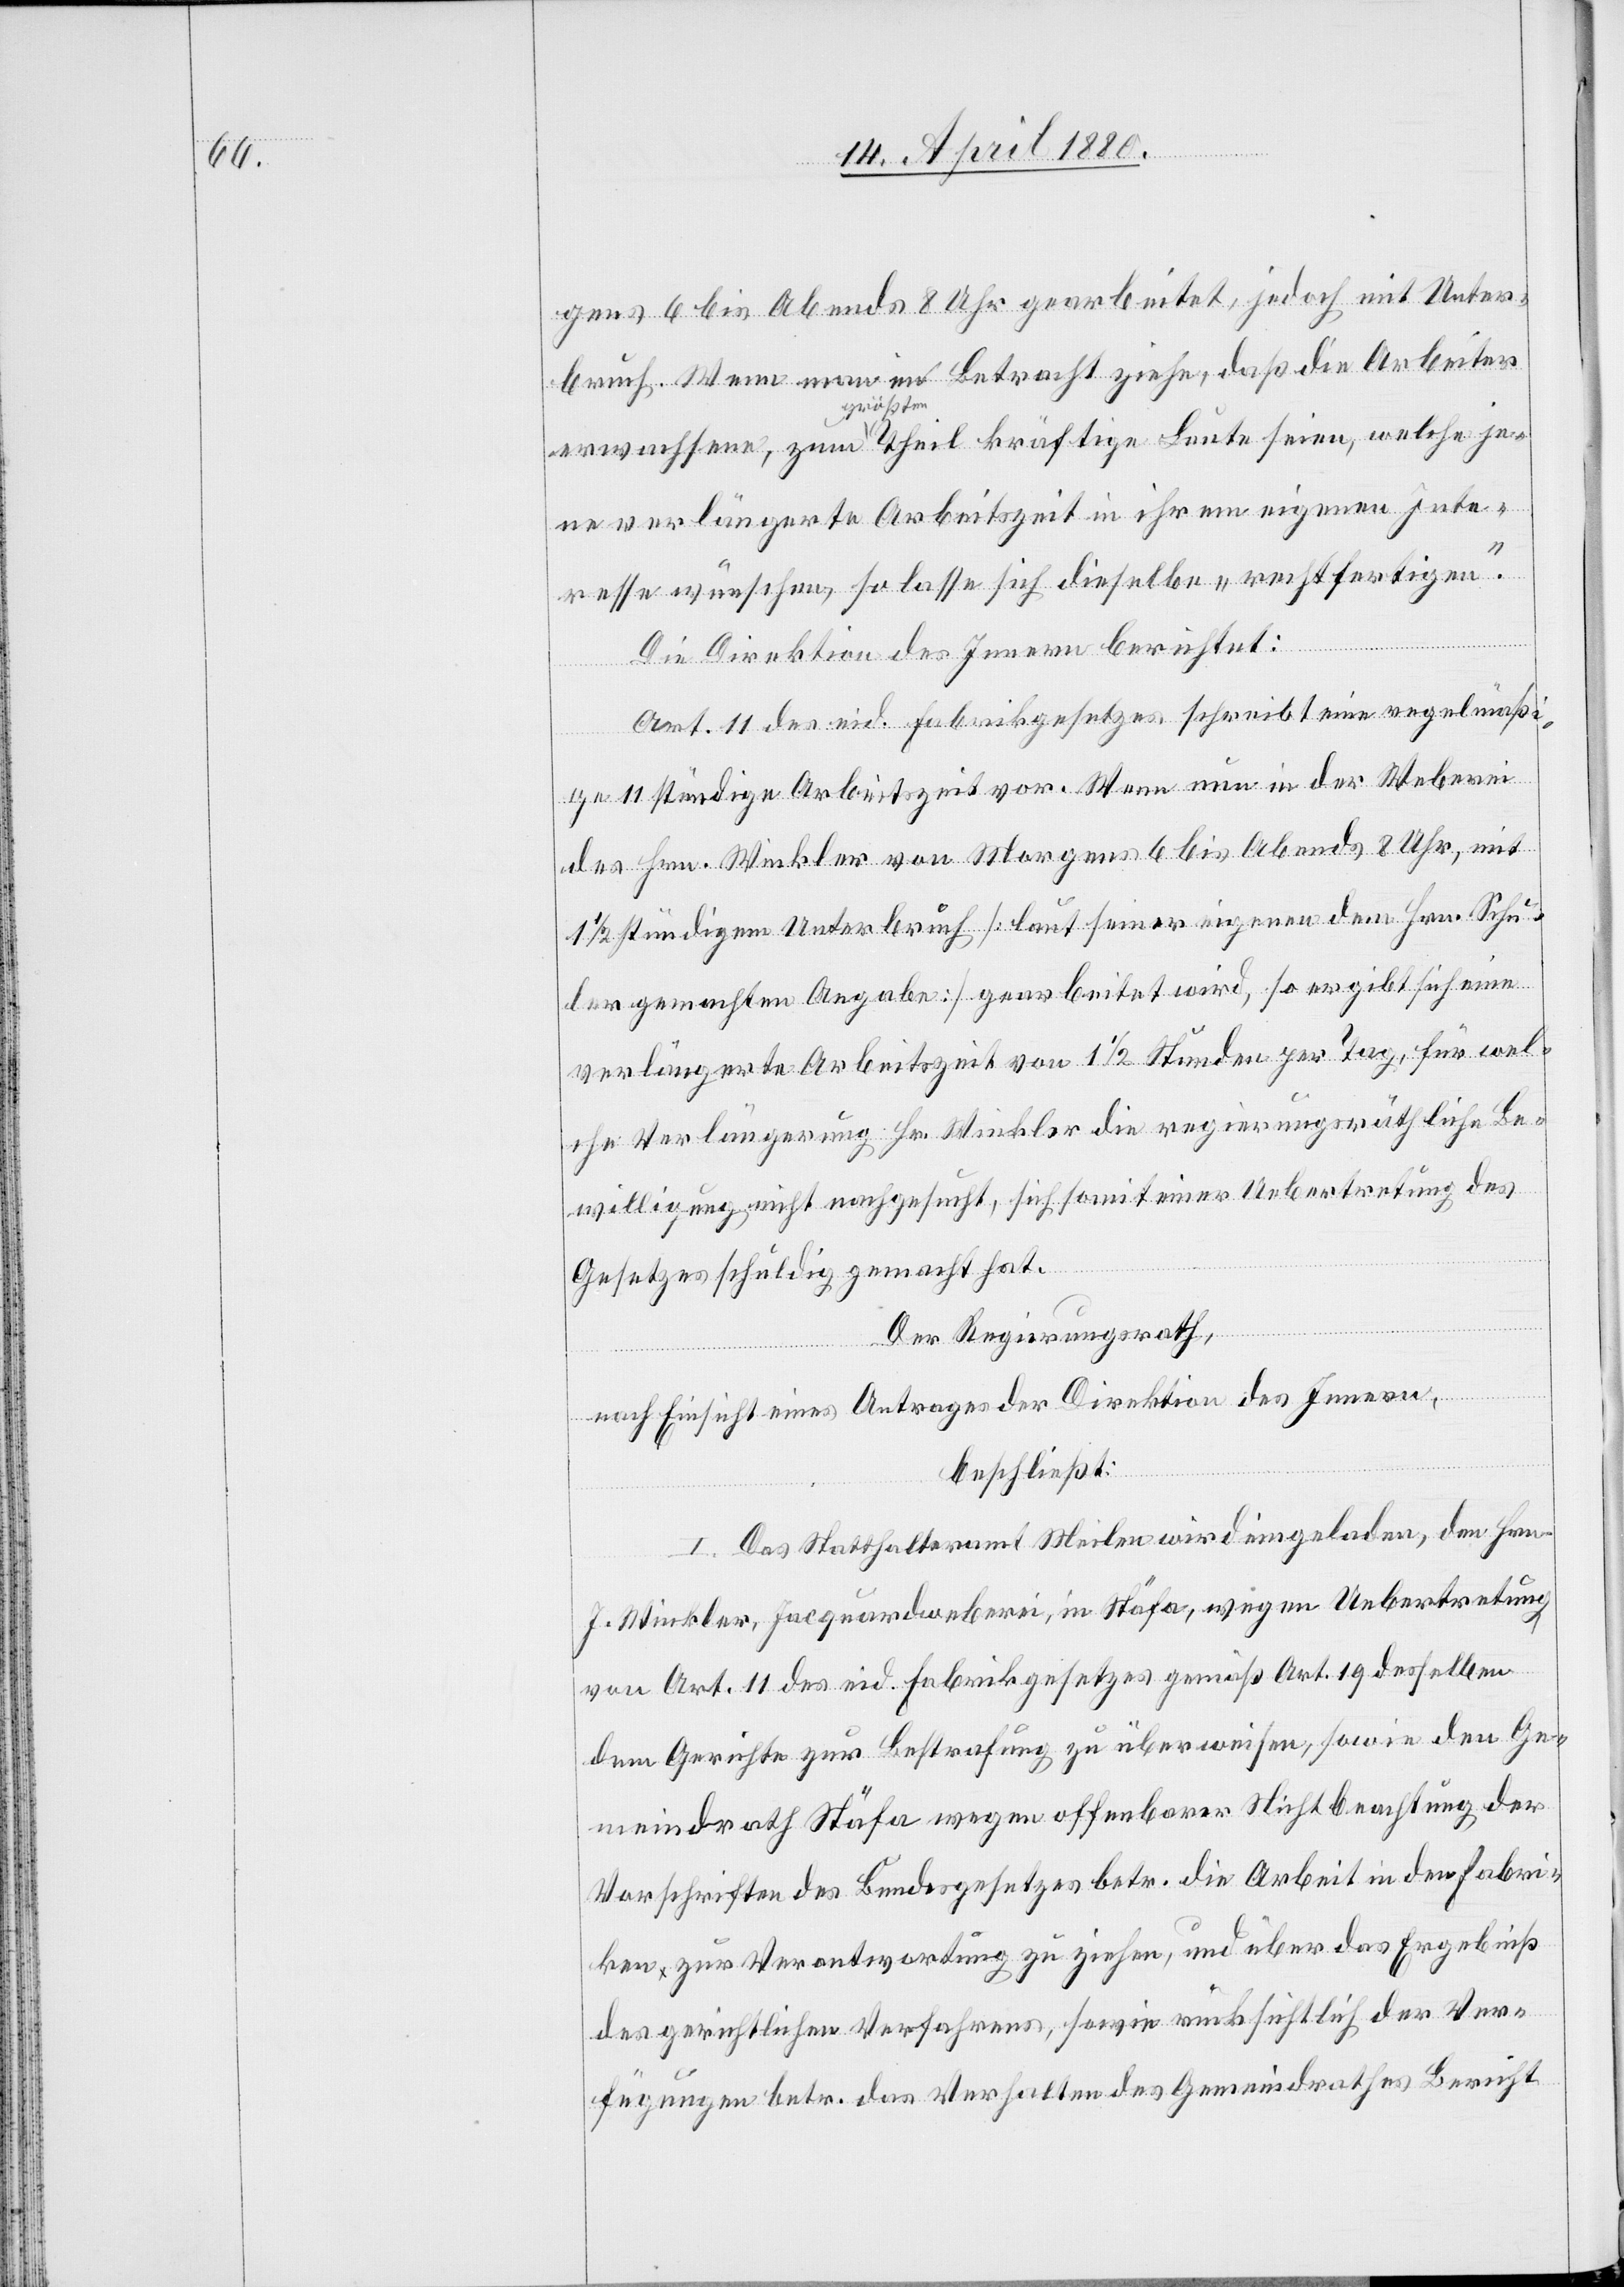
gens 6 bis Abends 8 Uhr gearbeitet, jedoch mit Unter¬
bruch. Wenn man in Betracht ziehe, daß die Arbeiter
ne verlängerte Arbeitszeit in ihrem eigenen Inte¬
resse wünschen, so lasse sich dieselbe „rechtfertigen“.
welche je¬
Die Direktion des Innern berichtet:
Art. 11 des eid. Fabrikgesetzes schreibe eine regelmäß¬
ige 11 stündige Arbeitszeit vor. Wenn nun in der Weberei
des Hrn. Winkler von Morgens 6 bis Abends 8 Uhr, mit
1/2 stündigem Unterbruch [laut seiner eigenen dem Hrn. Schu¬
ler gemachten Angabe] gearbeitet wird, so ergibt sich eine
verlängerte Arbeitszeit von 1 1/2 Stunden per Tag, für wel¬
che Verlängerung Hr. Winkler die regierungsräthliche Be¬
willigung nicht nachgesucht, sich somit einer Uebertretung des
Gesetzes schuldig gemacht hat.
Der Regierungsrath,
nach Einsicht eines Antrages der Direktion des Innern,
beschließt:
I. Das Statthalteramt Meilen wird eingeladen, den Hrn.
J. Winkler, Jacquardweberei, in Stäfa, wegen Uebertretung
von Art. 11 des eid. Fabrikgesetzes gemäß Art. 19 desselben
dem Gerichte zur Bestrafung zu überweisen, sowie den Ge¬
meindrath Stäfa wegen offenbarer Nichtbeachtung der
Vorschriften des Bundesgesetzes betr. die Arbeit in den Fabri¬
ken zur Verantwortung zu ziehen, und über das Ergebniß
des gerichtlichen Verfahrens, sowie rücksichtlich der Ver¬
fügungen betr. das Verhalten des Gemeindrathes Bericht